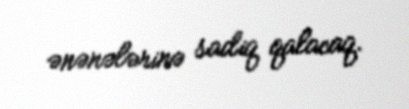
ənənələrinə sadiq qalacaq.